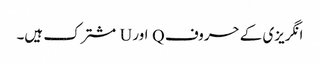
انگریزی کے حروف Q اور U مشترک ہیں۔